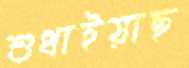
শুধাইয়াছ